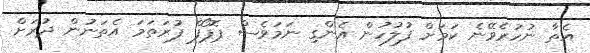
އެތާ ނުހުރެވޭނެ ކަމަށް ފުލުހުން އެންގި ނަމަވެސް ޕޮޕޯފް ފުރަތަމަ އެތަނުން ދުރަށް